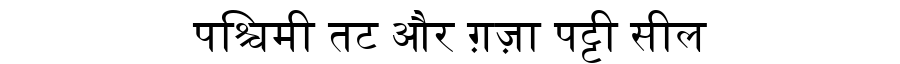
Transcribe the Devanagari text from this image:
पश्चिमी तट और ग़ज़ा पट्टी सील